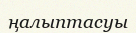
ңалыптасуы